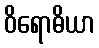
ဝိရောဓိယာ